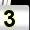
Digit: 3